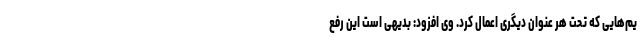
یم‌هایی که تحت هر عنوان دیگری اعمال کرد. وی افزود: بدیهی است این رفع